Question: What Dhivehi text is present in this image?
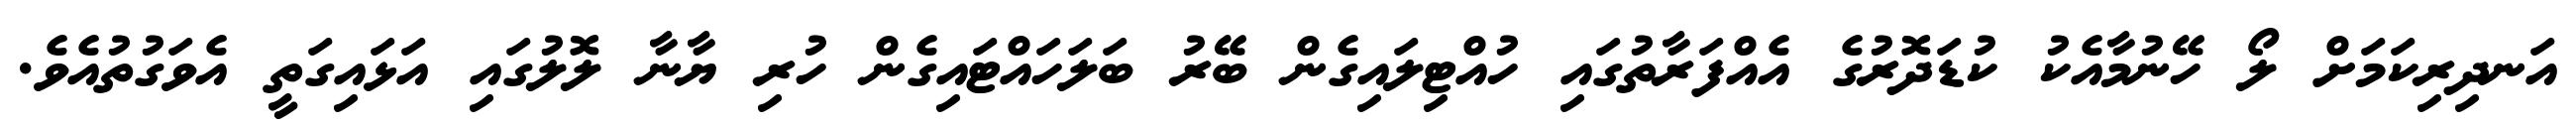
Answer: އަނދިރިކަމަށް ލޯ ހޭނުމާއެކު ކުޑަދޮރުގެ އެއްފަރާތުގައި ހުއްޓިލައިގެން ބޭރު ބަލަހައްޓައިގެން ހުރި ޔާނާ ލޮލުގައި އަޅައިގަތީ އެވަގުތުއެވެ.